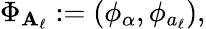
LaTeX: \Phi_{\mathbf{A}_{\ell}}:=(\phi_{\alpha},\phi_{a_{\ell}}),